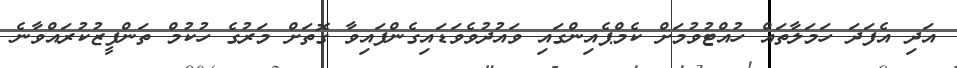
އަދި އެފަދަ ހަމަލާތައް ހުއްޓުވުމަށް ކެމްޕެއިންގައި ވައުދުވެވަޑައިގެންފައިވާ ގޮތަށް މަރުގެ ހުކުމް ތަންފީޒުކުރައްވާނެ